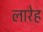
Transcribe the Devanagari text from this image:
लारेह